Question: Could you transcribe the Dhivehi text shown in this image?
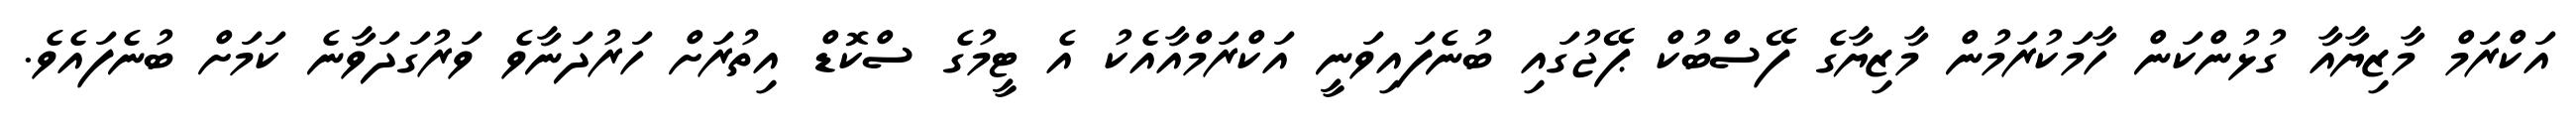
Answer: އަކްރަމް މާޒިޔާއާ ގުޅުންކަން ހާމަކުރަމުން މާޒިޔާގެ ފޭސްބުކް ޕޭޖުގައި ބުނެފައިވަނީ އަކްރަމްއާއެކު އެ ޓީމުގެ ސްކޮޑް އިތުރަށް ހަރުދަނާވެ ވަރުގަދަވާނެ ކަމަށް ބުނެފައެވެ.